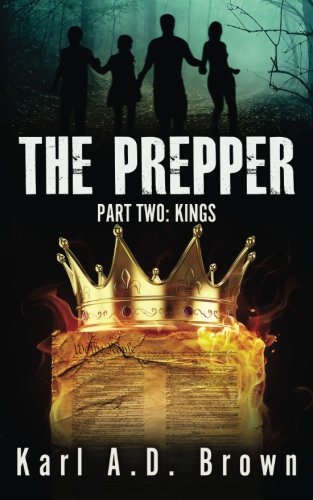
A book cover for The Prepper Part Two: Kings (Volume 2); Karl A.D. Brown; Science Fiction & Fantasy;